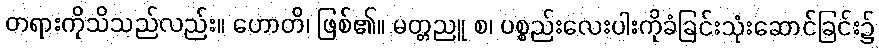
တရားကိုသိသည်လည်း။ ဟောတိ၊ ဖြစ်၏။ မတ္တညူ စ၊ ပစ္စည်းလေးပါးကိုခံခြင်းသုံးဆောင်ခြင်း၌